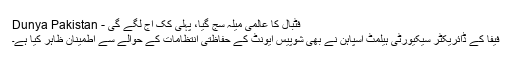
فٹبال کا عالمی میلہ سج گیا، پہلی کک آج لگے گی - Dunya Pakistan
فیفا کے ڈائریکٹر سیکیورٹی ہیلمٹ اسپاہن نے بھی شوپیس ایونٹ کے حفاظتی انتظامات کے حوالے سے اطمینان ظاہر کیا ہے۔